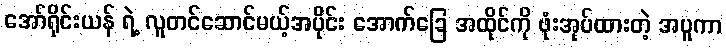
အော်ရိုင်းယန် ရဲ့ လူတင်ဆောင်မယ့်အပိုင်း အောက်ခြေ အထိုင်ကို ဖုံးအုပ်ထားတဲ့ အပူကာ